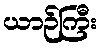
ယာဉ်ကြီး